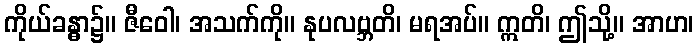
ကိုယ်ခန္ဓာ၌။ ဇီဝေါ၊ အသက်ကို။ နုပလဗ္ဘတိ၊ မရအပ်။ ဣတိ၊ ဤသို့။ အာဟ၊